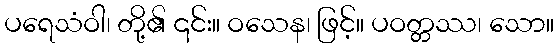
ပရေသံဝါ၊ တို့၏ ၎င်း။ ဝသေန၊ ဖြင့်။ ပဝတ္တဿ၊ သော။